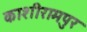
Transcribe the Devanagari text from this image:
काशीरामपुर